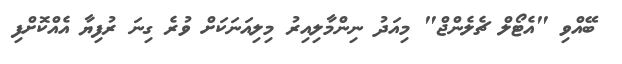
ބޭއްވި "އެޓޯލް ޗެލެންޖް" މިއަދު ނިންމާލިއިރު މިލިއަނަކަށް ވުރެ ގިނަ ރުފިޔާ އެއްކޮށްފި